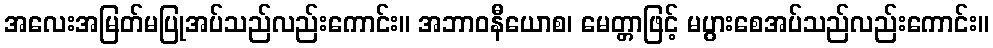
အလေးအမြတ်မပြုအပ်သည်လည်းကောင်း။ အဘာဝနီယောစ၊ မေတ္တာဖြင့် မပွားစေအပ်သည်လည်းကောင်း။